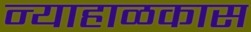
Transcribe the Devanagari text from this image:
न्याहाळकास